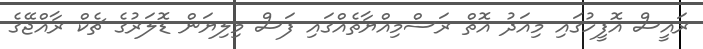
ރައީސް އޮފީހުގައި މިއަދު އޮތް ރަސްމިއްޔާތެއްގައި ފަސް މިލިޔަން ޑޮލަރުގެ ޗެކް ރާއްޖޭގެ